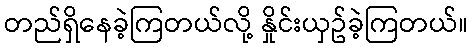
တည်ရှိနေခဲ့ကြတယ်လို့ နှိုင်းယှဥ်ခဲ့ကြတယ်။